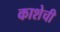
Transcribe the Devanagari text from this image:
काशेची